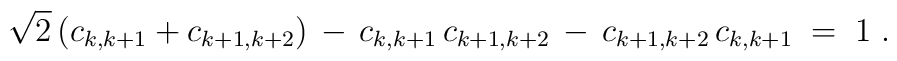
\sqrt{2}\,(c_{k,k+1}+c_{k+1,k+2})\,-\,c_{k,k+1}\,c_{k+1,k+2}\,-\, c_{k+1,k+2}\,c_{k,k+1} \;=\; 1\;.